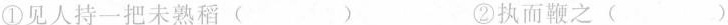
①见人持一把未熟稻(）②执而鞭之()